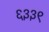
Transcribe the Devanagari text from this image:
६३३९